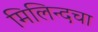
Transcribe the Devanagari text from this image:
मिलिन्दचा